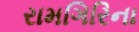
રામગિરિના